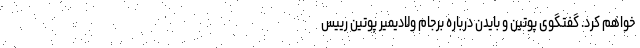
خواهم کرد. گفتگوی پوتین و بایدن درباره برجام ولادیمیر پوتین رییس